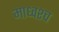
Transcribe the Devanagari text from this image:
माध्वश्च